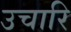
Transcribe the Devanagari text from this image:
उचारि